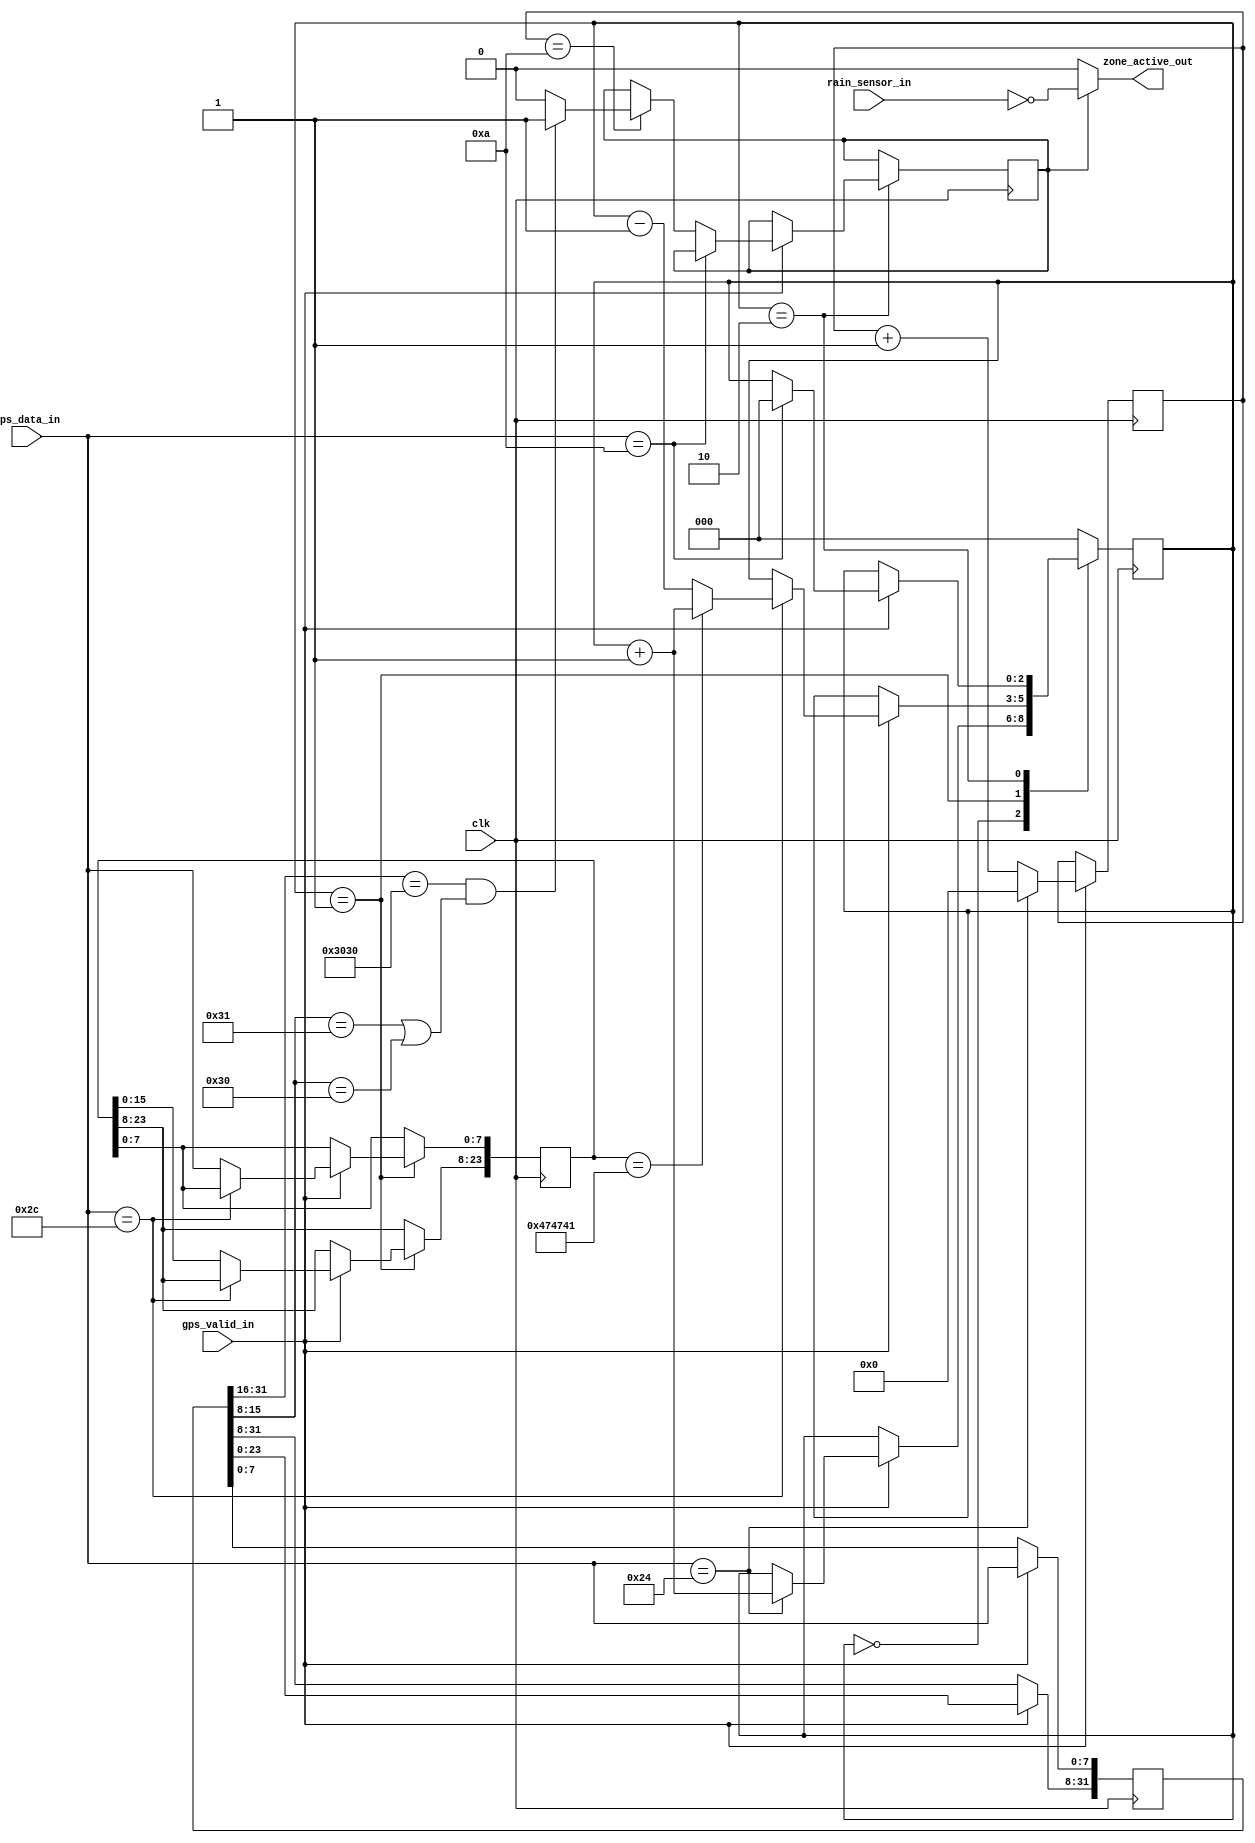


/*Mayank Parasar*/

module hw3_sprinkler(clk, rain_sensor_in, gps_data_in, gps_valid_in, zone_active_out);
// Inputs
input wire clk;
input rain_sensor_in; // handle rain logic inside the code
input [7:0] gps_data_in; // this contain the ascii char from text file
input gps_valid_in;
// Output
output reg zone_active_out;

//===============================================================================================
//-------------------Create the mechanism to grab the serial data and parse it-------------------
//===============================================================================================

reg [7:0] CHAR_CNT=0;
reg [2:0] STATE=0;
reg [23:0] NMEA=0;
reg [31:0] TIME=0;
reg flag=0;


// 'always' block for sprinkler output..
always @(*) 
	if(flag) // only get executed when flag is 1
		zone_active_out = ~rain_sensor_in; // we would set flag high apropriately in the state machine...
	else
		zone_active_out = 1'b0; // keep it 0

// CREATE THE COUNTING MECHANISM FOR PARSING THE SERIAL DATA 
always @(posedge clk) begin
	if(gps_valid_in) begin	
		
		TIME[31:8]<=TIME[23:0];
		TIME[7:0]<=gps_data_in; //Grab the tag info			

		if(gps_data_in=="$")begin // '$': Start of frame
			CHAR_CNT<=0;
		end
		else begin
			CHAR_CNT<=CHAR_CNT+1;	 // mparasar: is this valid counting mechanism?
		end
	end	
end

// CREATE THE MECHNISM THAT PARSES THE SERIAL DATA
reg DONE=0;
always @(posedge clk) begin	
	// zone_active_out <= 1'b0;
	case(STATE)		
		//------------------------------------------------------------------------------------
		0: begin //Search for '$'		
			if(gps_valid_in) begin	
				// zone_active_out <= 1'b0;
				if(gps_data_in=="$")begin// '$': Start of frame	
					STATE<=STATE+1;				
				end		
			end
		end
		//------------------------------------------------------------------------------------
		1: begin //Check Tag, if not the proper tag go back to 1, else proceed to 3	
			if(gps_valid_in) begin				
				if(gps_data_in==",")begin
					if(NMEA=="GGA")begin //GGA, this is the message that contains location and time.
						STATE<=STATE+1;
					end
					else begin	//Wrong message, go back and search for the start of the next message.
						STATE<=STATE-1;
					end
				end
				else begin //Grab the NMEA Message Type		
					NMEA[23:8]<=NMEA[15:0];
					NMEA[7:0]<=gps_data_in; //Grab the tag info						
				end	
			end				
		end
		//------------------------------------------------------------------------------------
		2: begin //Parse the latitude and longitude		
			if(gps_valid_in) begin
				if(gps_data_in==10)begin //LF: Line Feed, end of message, go to idle state					
					STATE<=0;
				end else begin	// k//valid data on the RxD_data_in line
						if( CHAR_CNT == 10 )begin
							// $display("Inside hw3_sprinkler.v TIME: (string): %s", TIME);

							STATE<=STATE;

							if (TIME[31:16] == "00" && ((TIME[15:8] == "1") || (TIME[15:8] == "0"))) begin
								flag <= 1'b1;
							end else begin // k
								flag <= 1'b0;
								end

						end else begin // to keep it latched till we encounter
								
								STATE<=STATE;
							end
							// $display("data_out_valid (string): %b", data_out_valid);
					end		// k

				end else begin	//Wait for the RxD_data_in_ready signal to go high.
					STATE<=STATE;
					end
			end // end of the case 2

		default: begin
			STATE<=0;
		end
	endcase		
end
	
endmodule